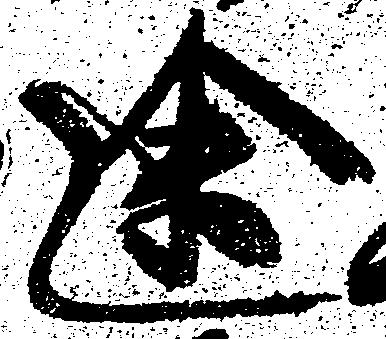
途